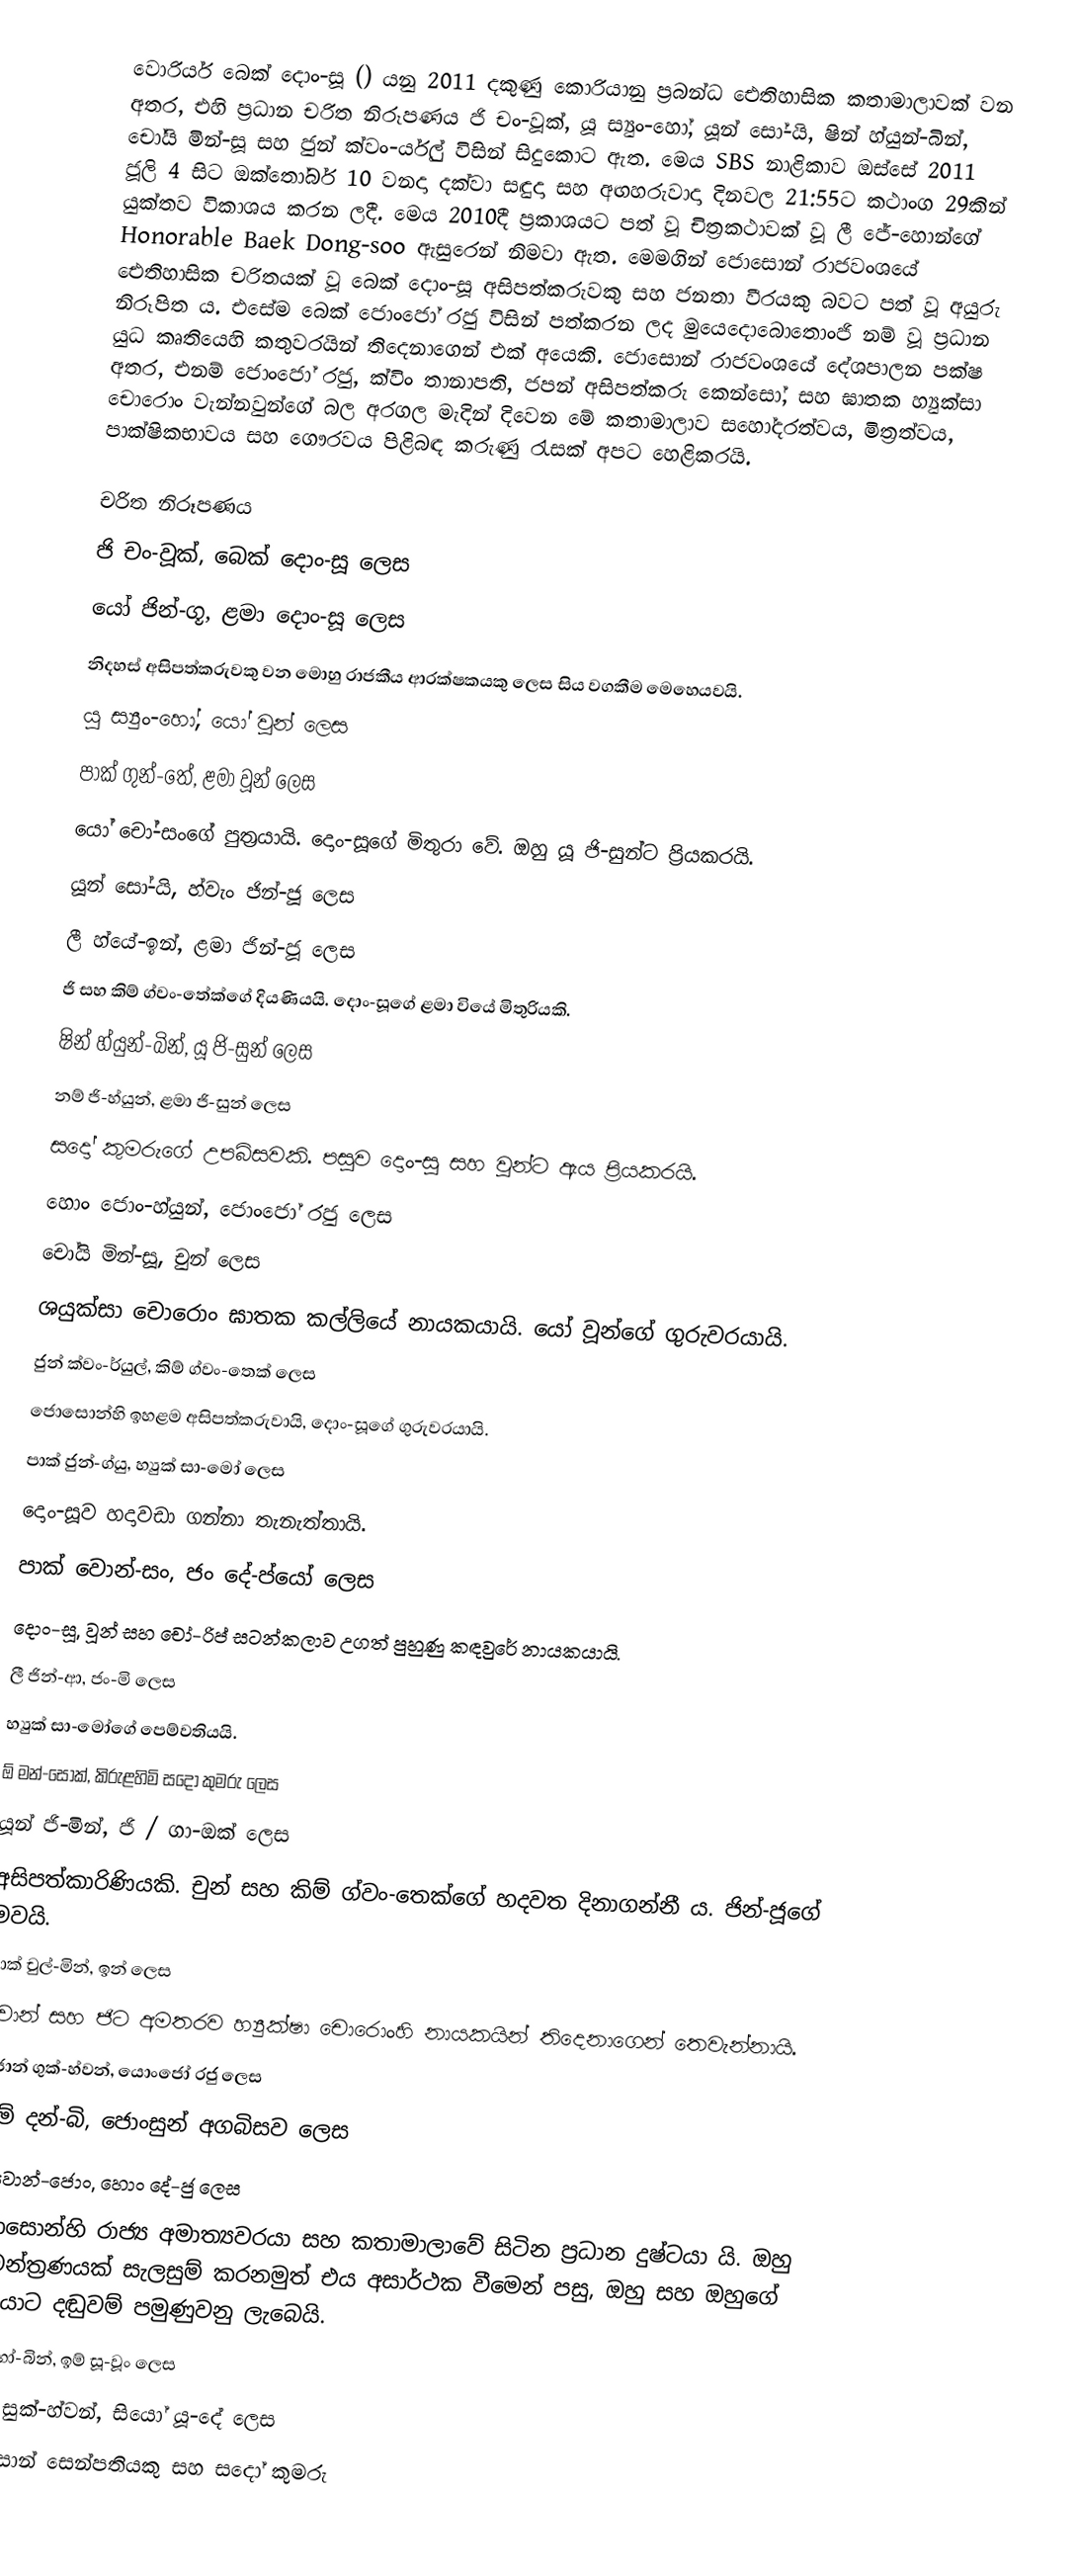
වොරියර් බෙක් දොං-සූ () යනු 2011 දකුණු කොරියානු ප්‍රබන්ධ ඓතිහාසික කතාමාලාවක් වන අතර, එහි ප්‍රධාන චරිත නිරූපණය ජි චං-වූක්, යූ ස්‍යුං-හෝ, යූන් සෝ-යි,  ෂින් හ්යුන්-බින්, චෝයි මින්-සූ සහ ජුන් ක්වං-ර්යුල් විසින් සිදුකොට ඇත. මෙය SBS නාළිකාව ඔස්සේ 2011 ජූලි 4 සිට ඔක්තෝබර් 10 වනදා දක්වා සඳුදා සහ අඟහරුවාදා දිනවල 21:55ට කථාංග 29කින් යුක්තව විකාශය කරන ලදී. මෙය 2010දී ප්‍රකාශයට පත් වූ චිත්‍රකථාවක් වූ ලී ජේ-හොන්ගේ Honorable Baek Dong-soo ඇසුරෙන් නිමවා ඇත. මෙමගින් ජොසොන් රාජවංශයේ ඓතිහාසික චරිතයක් වූ ‍බෙක් දොං-සූ අසිපත්කරුවකු සහ ජනතා වීරයකු බවට පත් වූ අයුරු නිරූපිත ය. එසේම බෙක් ජොංජෝ රජු විසින් පත්කරන ලද මුයෙදොබොතොංජි නම් වූ ප්‍රධාන යුධ කෘතියෙහි කතුවරයින් තිදෙනාගෙන් එක් අයෙකි. ජොසොන් රාජවංශයේ දේශපාලන පක්ෂ අතර, එනම් ජොංජෝ රජු, ක්විං තානාපති, ජපන් අසිපත්කරු කෙන්සෝ, සහ ඝාතක හ්‍යුක්සා චොරොං වැන්නවුන්ගේ බල අරගල මැදින් දිවෙන මේ කතාමාලාව සහෝදරත්වය, මිත්‍රත්වය, පාක්ෂිකභාවය සහ ගෞරවය පිළිබඳ කරුණු රැසක් අපට හෙළිකරයි.

චරිත නිරූපණය
ජි චං-වූක්, බෙක් දොං-සූ ලෙස
යෝ ජින්-ගූ, ළමා දොං-සූ ලෙස
නිදහස් අසිපත්කරුවකු වන මොහු රාජකීය ආරක්ෂකයකු ලෙස සිය වගකීම මෙහෙයවයි.
යූ ස්‍යුං-හෝ, යෝ වූන් ලෙස
පාක් ගුන්-තේ, ළමා වූන් ලෙස
යෝ චෝ-සංගේ පුත්‍රයායි. දොං-සූගේ මිතුරා වේ. ඔහු යූ ජි-සුන්ට ප්‍රියකරයි.
යූන් සෝ-යි, හ්වැං ජින්-ජූ ලෙස
ලී හ්යේ-ඉන්, ළමා ජින්-ජූ ලෙස
ජි සහ කිම් ග්වං-තේක්ගේ දියණියයි. දොං-සූගේ ළමා වියේ මිතුරියකි.
ෂින් හ්යුන්-බින්, යූ ජි-සුන් ලෙස
නම් ජි-හ්යුන්, ළමා ජි-සුන් ලෙස
සදෝ කුමරුගේ උපබිසවකි. පසුව දොං-සූ සහ වූන්ට ඇය ප්‍රියකරයි.
හොං ජොං-හ්යුන්, ජොංජෝ රජු ලෙස
චෝයි මින්-සූ, චුන් ලෙස
ශයුක්සා චොරොං ඝාතක කල්ලියේ නායකයායි. යෝ වූන්ගේ ගුරුවරයායි.
ජුන් ක්වං-ර්යුල්, කිම් ග්වං-තෙක් ලෙස
ජොසොන්හි ඉහළම අසිපත්කරුවායි, දොං-සූගේ ගුරුවරයායි.
පාක් ජුන්-ග්යු, හ්‍යුක් සා-මෝ ලෙස
දොං-සූව හදාවඩා ගන්නා තැනැත්තායි.
පාක් වොන්-සං, ජං දේ-ප්යෝ ලෙස
දොං-සූ, වූන් සහ චෝ-රිප් සටන්කලාව උගත් පුහුණු කඳවුරේ නායකයායි.
ලී ජින්-ආ, ජං-මි ලෙස
හ්‍යුක් සා-මෝගේ පෙම්වතියයි.
ඕ මන්-සොක්, කිරුළහිමි සදෝ කුමරු ලෙස
යූන් ජි-මින්, ජි / ගා-ඔක් ලෙස
අසිපත්කාරිණියකි. චුන් සහ කිම් ග්වං-තෙක්ගේ හදවත දිනාගන්නී ය. ජින්-ජූගේ මවයි.
පාක් චුල්-මින්, ඉන් ලෙස
චොන් සහ ජිට අමතරව හ්‍යුක්ෂා චොරොංහි නායකයින් තිදෙනාගෙන් තෙවැන්නායි.
ජොන් ගුක්-හ්වන්, යොංජෝ රජු ලෙස
ගූම් දන්-බි, ජොංසුන් අගබිසව ලෙස
ලී වොන්-ජොං, හොං දේ-ජු ලෙස
ජොසොන්හි රාජ්‍ය අමාත්‍යවරයා සහ කතාමාලාවේ සිටින ප්‍රධාන දුෂ්ටයා යි. ඔහු කුමන්ත්‍රණයක් සැලසුම් කරනමුත් එය අසාර්ථක වීමෙන් පසු, ඔහු සහ ඔහුගේ පුත්‍රයාට දඬුවම් පමුණුවනු ලැබෙයි.
ජුං හෝ-බින්, ඉම් සූ-වූං ලෙස
ආන් සුක්-හ්වන්, සියෝ යූ-දේ ලෙස
ජොසොන් සෙන්පතියකු සහ සදෝ කුමරු